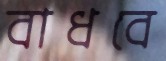
বাধবে